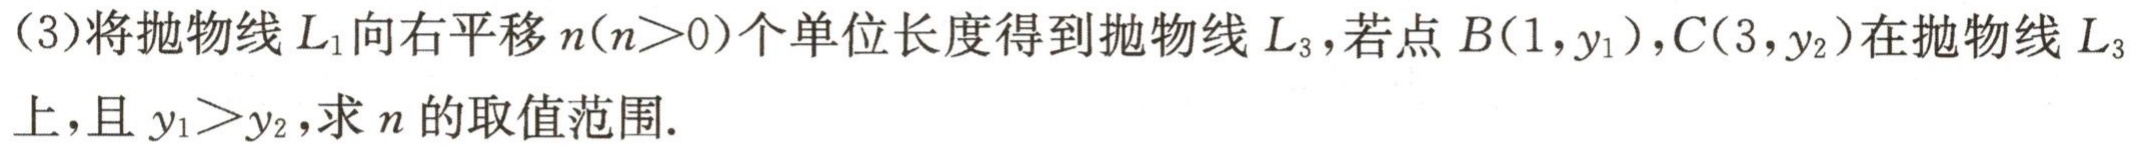
(3)将抛物线\(L_{1}\)向右平移\(n(n > 0)\)个单位长度得到抛物线\(L_{3}\)，若点\(B(1,y_{1})\)，\(C(3,y_{2})\)在抛物线\(L_{3}\)上，且\(y_{1}>y_{2}\)，求\(n\)的取值范围.